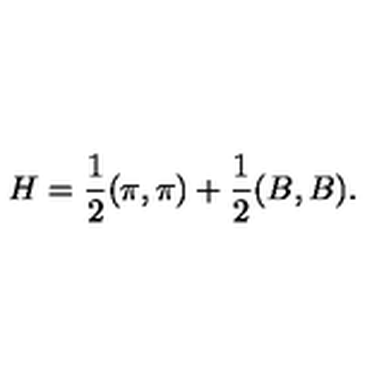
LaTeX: H = \frac { 1 } { 2 } ( \pi , \pi ) + \frac { 1 } { 2 } ( B , B ) .